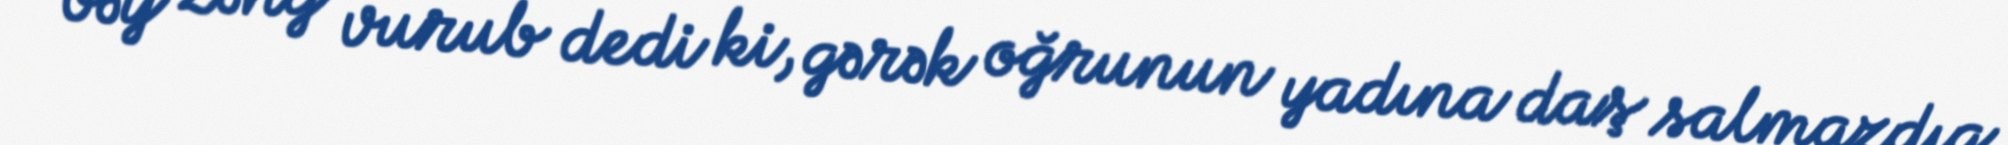
bəy zəng vurub dedi ki, gərək oğrunun yadına daş salmazdıq.